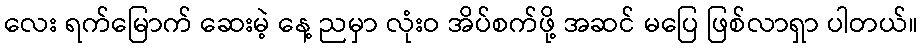
လေး ရက်မြောက် ဆေးမဲ့ နေ့ ညမှာ လုံးဝ အိပ်စက်ဖို့ အဆင် မပြေ ဖြစ်လာရှာ ပါတယ်။